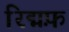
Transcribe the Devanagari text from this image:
रिद्मफ़